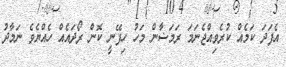
އެފަދަ ކަމެއް ކުރެވިއްޖެނަމަ ރަމަޟާން މަހު ހިފޭނީ ކޮން ރޯދައެއް ހެއްޔެވެ ނަމާދު